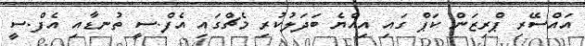
އައްސޭރި ޕްރިޒަން ކަޕް ގައި އިއްޔެ ބަދަލުކުރި މެޗްގައި އެފް.ސީ ތުނޑާއި އެފް.ސީ